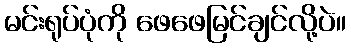
မင်းရုပ်ပုံကို ဖေဖေမြင်ချင်လို့ပဲ။